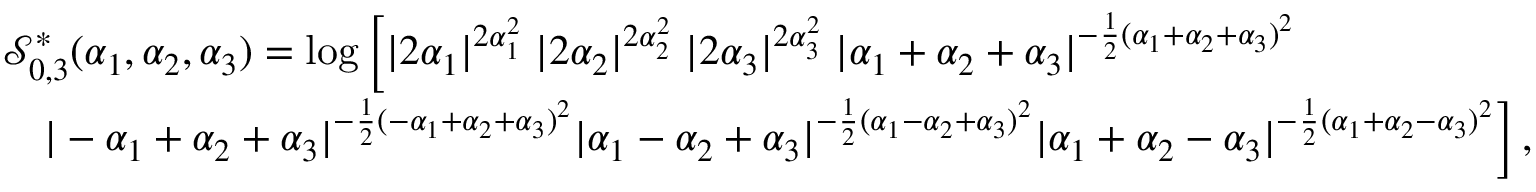
\begin{array} { r l } & { \mathcal { S } _ { 0 , 3 } ^ { \ast } ( \alpha _ { 1 } , \alpha _ { 2 } , \alpha _ { 3 } ) = \log \bigg [ | 2 \alpha _ { 1 } | ^ { 2 \alpha _ { 1 } ^ { 2 } } \; | 2 \alpha _ { 2 } | ^ { 2 \alpha _ { 2 } ^ { 2 } } \; | 2 \alpha _ { 3 } | ^ { 2 \alpha _ { 3 } ^ { 2 } } \; | \alpha _ { 1 } + \alpha _ { 2 } + \alpha _ { 3 } | ^ { - { \frac { 1 } { 2 } } ( \alpha _ { 1 } + \alpha _ { 2 } + \alpha _ { 3 } ) ^ { 2 } } } \\ & { \quad | - \alpha _ { 1 } + \alpha _ { 2 } + \alpha _ { 3 } | ^ { - { \frac { 1 } { 2 } } ( - \alpha _ { 1 } + \alpha _ { 2 } + \alpha _ { 3 } ) ^ { 2 } } | \alpha _ { 1 } - \alpha _ { 2 } + \alpha _ { 3 } | ^ { - { \frac { 1 } { 2 } } ( \alpha _ { 1 } - \alpha _ { 2 } + \alpha _ { 3 } ) ^ { 2 } } | \alpha _ { 1 } + \alpha _ { 2 } - \alpha _ { 3 } | ^ { - { \frac { 1 } { 2 } } ( \alpha _ { 1 } + \alpha _ { 2 } - \alpha _ { 3 } ) ^ { 2 } } \bigg ] \, , } \end{array}